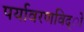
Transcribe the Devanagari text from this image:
पर्यावरणविद्ो